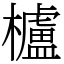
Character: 櫨